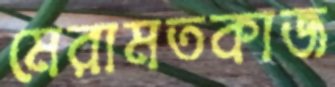
মেরামতকাজ